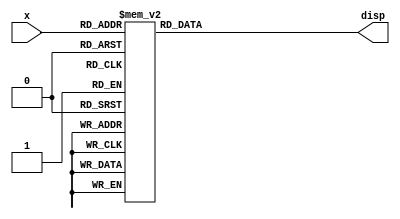
`timescale 1ns / 1ps
//////////////////////////////////////////////////////////////////////////////////
// Company: 
// Engineer: 
// 
// Design Name: 
// Module Name: seg7
// Project Name: 
// Target Devices: 
// Tool Versions: 
// Description: 
// 
// Dependencies: 
// 
// Revision:
// Revision 0.01 - File Created
// Additional Comments:
// 
//////////////////////////////////////////////////////////////////////////////////


module seg7(output reg [6:0]disp, input [3:0] x);
    
    always @(*)
    begin
        case (x)
            4'b0000:  	                //Hexadecimal 0
                disp = 7'b1000000;
            4'b0001:	                //Hexadecimal 1
                disp = 7'b1111001;
            4'b0010:                   //Hexadecimal 2
                disp = 7'b0100100;
            4'b0011:                   //Hexadecimal 3
                disp = 7'b0110000;
            4'b0100:                   //Hexadecimal 4
                disp = 7'b0011001;
            4'b0101:                   //Hexadecimal 5
                disp = 7'b0010010; 
            4'b0110:                   //Hexadecimal 6
                disp = 7'b0000010;
            4'b0111:                   //Hexadecimal 7
                disp = 7'b1111000;
            4'b1000: 	               //Hexadecimal 8
                disp = 7'b0000000;
            4'b1001:	               //Hexadecimal 9
                disp = 7'b0011000;
            4'b1010:                   //Hexadecimal A
                disp = 7'b0001000;
            4'b1011:                   //Hexadecimal B
                disp = 7'b0000011;
            4'b1100:                   //Hexadecimal C
                disp = 7'b1000110;
            4'b1101:                   //Hexadecimal D
                disp = 7'b0100001;
            4'b1110:                   //Hexadecimal E
                disp = 7'b0000110;
            4'b1111:                   //Hexadecimal F
                disp = 7'b0001110;
            default:
                disp = 7'b1111111;
        endcase
    end
endmodule